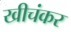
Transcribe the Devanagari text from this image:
खीचंकर